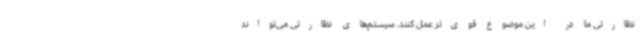
نظارتی ما در این موضوع قوی‌تر عمل کنند. سیستم‌های نظارتی می‌تواند